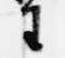
王